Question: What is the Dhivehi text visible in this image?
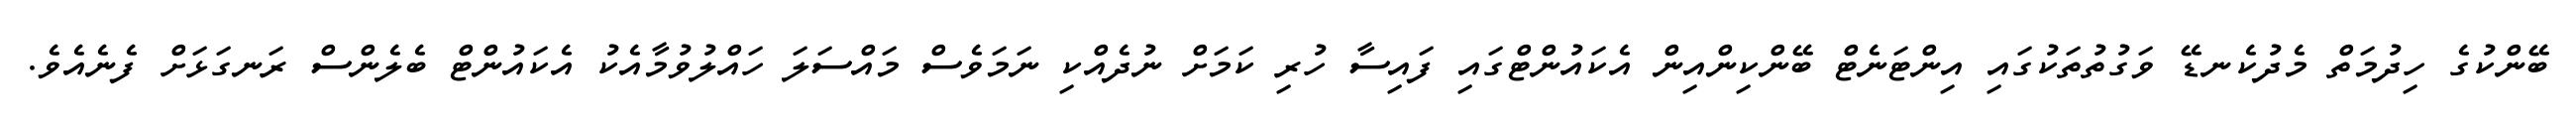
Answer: ބޭންކުގެ ހިދުމަތް މެދުކެނޑޭ ވަގުތުތަކުގައި އިންޓަނެޓް ބޭންކިންއިން އެކައުންޓްގައި ފައިސާ ހުރި ކަމަށް ނުދެއްކި ނަމަވެސް މައްސަލަ ހައްލުވުމާއެކު އެކައުންޓް ބެލެންސް ރަނގަޅަށް ފެނެއެވެ.